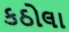
કઠોલા